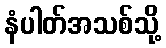
နံပါတ်အသစ်သို့